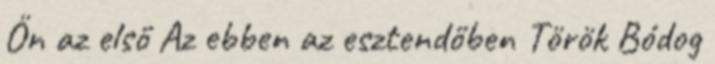
Ön az első Az ebben az esztendőben Török Bódog